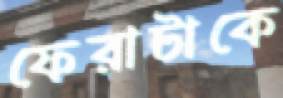
ফেরাটাকে